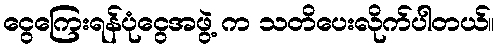
ငွေကြေးရန်ပုံငွေအဖွဲ့ က သတိပေးလိုက်ပါတယ်။